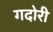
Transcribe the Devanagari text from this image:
गदोरी